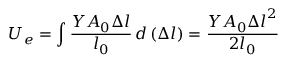
U _ { e } = \int { \frac { Y A _ { 0 } \Delta l } { l _ { 0 } } } \, d \left( \Delta l \right) = { \frac { Y A _ { 0 } { \Delta l } ^ { 2 } } { 2 l _ { 0 } } }